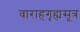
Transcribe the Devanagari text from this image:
वाराहगृह्यसूत्र